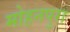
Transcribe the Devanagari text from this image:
मोहनपुरा